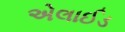
એલાઈડ